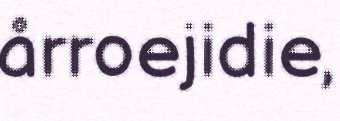
årroejidie,